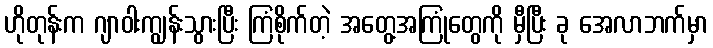
ဟိုတုန်းက ဂျာဝါးကျွန်းသွားပြီး ကြံစိုက်တဲ့ အတွေ့အကြုံတွေကို မှီပြီး ခု အေလာဘက်မှာ